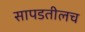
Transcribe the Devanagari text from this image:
सापडतीलच